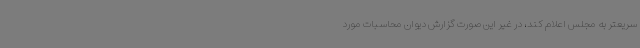
سریعتر به مجلس اعلام کند، در غیر این صورت گزارش دیوان محاسبات مورد